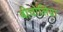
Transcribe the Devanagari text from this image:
बीचोलिया